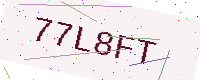
Text: 77L8FT